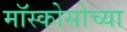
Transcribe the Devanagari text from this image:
मॉस्कोसोच्या